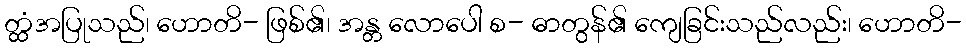
တ္ထံအပြုသည်၊ ဟောတိ- ဖြစ်၏၊ အန္တ လောပေါ စ- ဓာတွန်၏ ကျေခြင်းသည်လည်း၊ ဟောတိ-